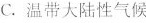
C.温带大陆性气候